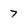
Character: 7